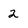
Character: 2